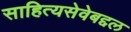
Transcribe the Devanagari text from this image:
साहित्यसेवेबद्दल